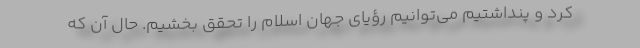
کرد و پنداشتیم می‌توانیم رؤیای جهان اسلام را تحقق بخشیم. حال آن که